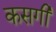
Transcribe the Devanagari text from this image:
कसगी